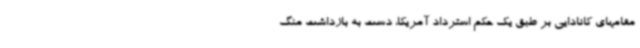
مقامهای کانادایی بر طبق یک حکم استرداد آمریکا، دست به بازداشت منگ